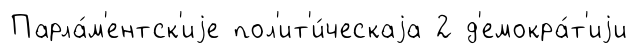
Парла́м'ентск'иjе пол'ит'и́ческаjа 2 д'емокра́т'иjи